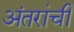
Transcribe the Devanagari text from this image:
अंतरांची